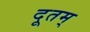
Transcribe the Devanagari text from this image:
दूतम्